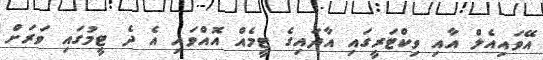
އޭވައިއެލް އާއި ވިކްޓަރީގައި އާދައިގެ ޓީމެއް އޮއްވައި އެ ދެ ޓީމުގައި ވަރަށް